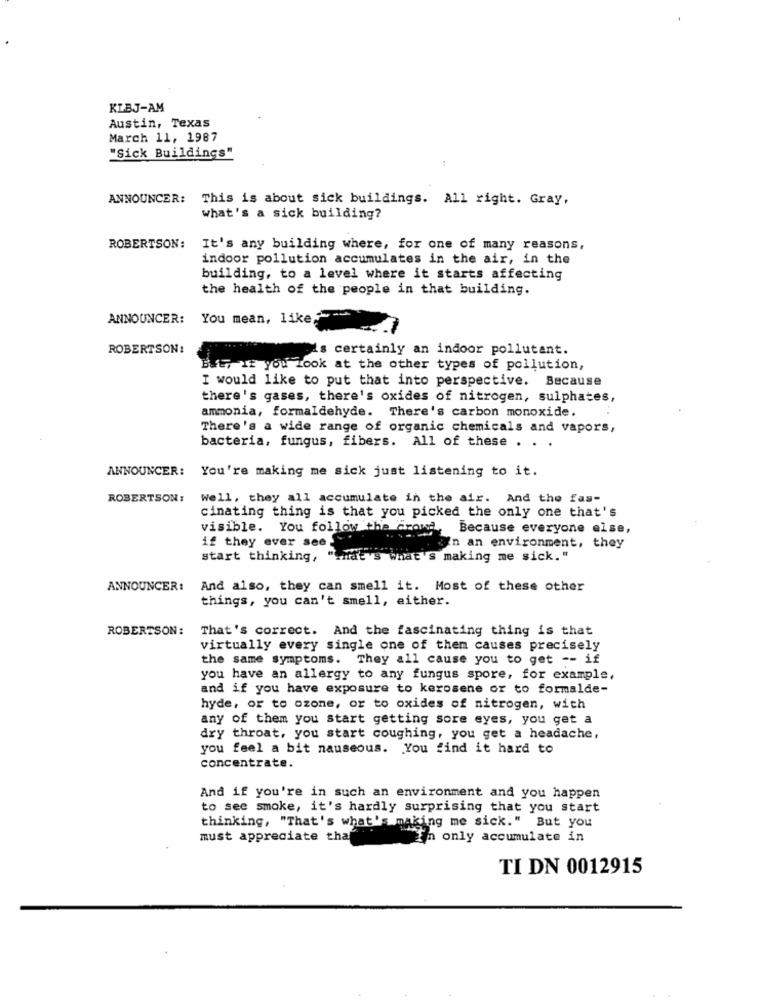
KLBJ-AM
Austin, Texas
March 11, 1987
"Sick Buildings"
ANNOUNCER: This is about sick buildings. All right. Gray,
what's a sick building?
ROBERTSON:
It's any building where, for one of many reasons,
indoor pollution accumulates in the air, in the
building, to a level where it starts affecting
the health of the people in that building.
ANNOUNCER: You mean, like," --
ROBERTSON:
is certainly an indoor pollutant.
But, If you look at the other types of pollution,
I would like to put that into perspective. Because
there's gases, there's oxides of nitrogen, sulphates,
ammonia, formaldehyde. There's carbon monoxide.
There's a wide range of organic chemicals and vapors,
bacteria, fungus, fibers. All of these . . .
ANNOUNCER: You're making me sick just listening to it.
ROBERTSON:
Well, they all accumulate in the air. And the fas-
cinating thing is that you picked the only one that's
visible. You follow the aroma,
Because everyone else,
if they ever see
In an environment, they
start thinking, "that's what's making me sick. "
ANNOUNCER: And also, they can smell it. Most of these other
things, you can't smell, either.
ROBERTSON:
That's correct. And the fascinating thing is that
virtually every single one of them causes precisely
the same symptoms. They all cause you to get -- if
you have an allergy to any fungus spore, for example,
and if you have exposure to kerosene or to formalde-
hyde, or to ozone, or to oxides of nitrogen, with
any of them you start getting sore eyes, you get a
dry throat, you start coughing, you get a headache,
you feel a bit nauseous. You find it hard to
concentrate.
And if you're in such an environment and you happen
to see smoke, it's hardly surprising that you start
thinking, "That's what's making me sick." But you
must appreciate tha
In only accumulate in
TI DN 0012915